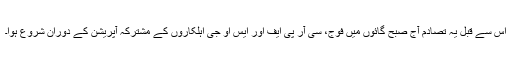
اس سے قبل یہ تصادم آج صبح گائوں میں فوج، سی آر پی ایف اور ایس او جی اہلکاروں کے مشترکہ آپریشن کے دوران شروع ہوا۔